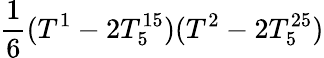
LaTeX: \frac{1}{6}(T^{1}-2T_{5}^{15})(T^{2}-2T_{5}^{25})